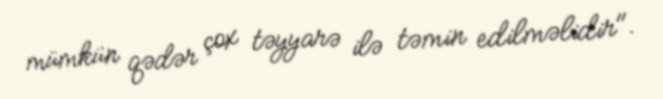
mümkün qədər çox təyyarə ilə təmin edilməlidir".